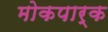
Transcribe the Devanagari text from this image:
मोकपार्क